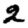
Digit: 2